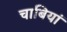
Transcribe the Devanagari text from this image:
चाबियां